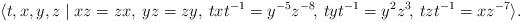
LaTeX: \begin{align*}\langle t,x,y,z\mid xz=zx,\medspace yz=zy,\medspace txt^{-1}=y^{-5}z^{-8}\! ,\medspace tyt^{-1}=y^2z^3\! ,\medspace tzt^{-1}=xz^{-7}\rangle.\end{align*}